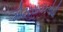
મોટરસાયકલોથી